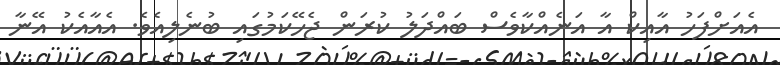
އެއަށްފަހު އާއިކް އާ އަނެއްކާވެސް ބައްދަލު ކުރަން ޖެހޭކަމުގައި ބުނެލިއެވެ. އެއާއެކު އޭނާ